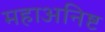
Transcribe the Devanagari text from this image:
महाअनिष्ट